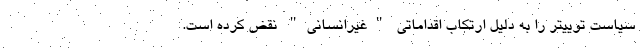
سیاست توییتر را به دلیل ارتکاب اقداماتی "غیرانسانی" نقض کرده است.